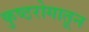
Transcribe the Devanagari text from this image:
कुष्ठरोगातून